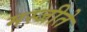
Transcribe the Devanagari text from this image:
मस्जीते